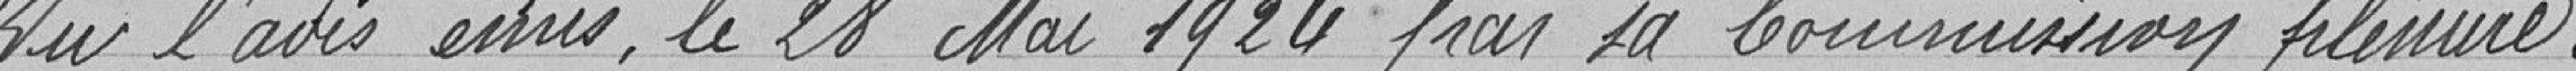
Vu l'avis émis, le 28 mai 1924 par sa commission plénière